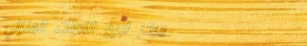
مركز لبيع الأدوات المنزلي